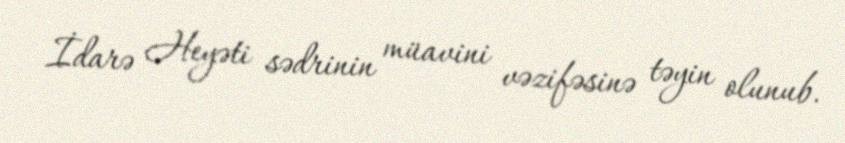
İdarə Heyəti sədrinin müavini vəzifəsinə təyin olunub.